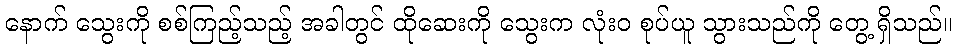
နောက် သွေးကို စစ်ကြည့်သည့် အခါတွင် ထိုဆေးကို သွေးက လုံးဝ စုပ်ယူ သွားသည်ကို တွေ့ ရှိသည်။